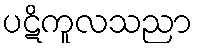
ပဋိကူလသညာ